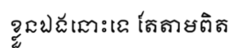
ខ្លួនឯងនោះទេ តែតាមពិត